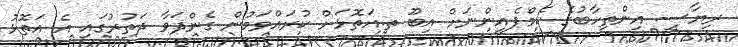
ރިޔާސީ އިންތިހާބުގެ ކެމްޕެއިންނަށް އިބޫ ތ.އަތޮޅަށް ކުރައްވަމުން ގެންދަވާ ދަތުރުގައި އެ އަތޮޅު